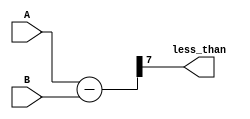
module less_than_comparator (
    input [7:0] A,
    input [7:0] B,
    output less_than
);

reg [7:0] difference;

assign less_than = difference[7];

always @(A or B) begin
    difference = A - B;
end

endmodule